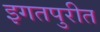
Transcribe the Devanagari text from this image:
इगतपुरीत